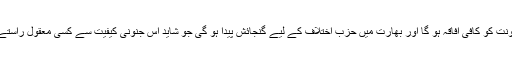
اس سے بالادست رعونت کو کافی افاقہ ہو گا اور بھارت میں حزب اختلاف کے لیے گنجائش پیدا ہو گی جو شاید اس جنونی کیفیت سے کسی معقول راستے کو نمایاں کر سکے۔